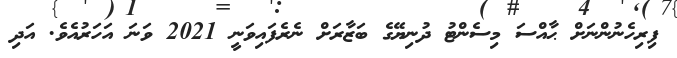
ފިރިހެނުންނަށް ޙާއްސަ މިސެންޓު ދުނިޔޭގެ ބަޒާރަށް ނެރެފައިވަނީ 2021 ވަނަ އަހަރުއެވެ. އަދި